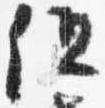
但